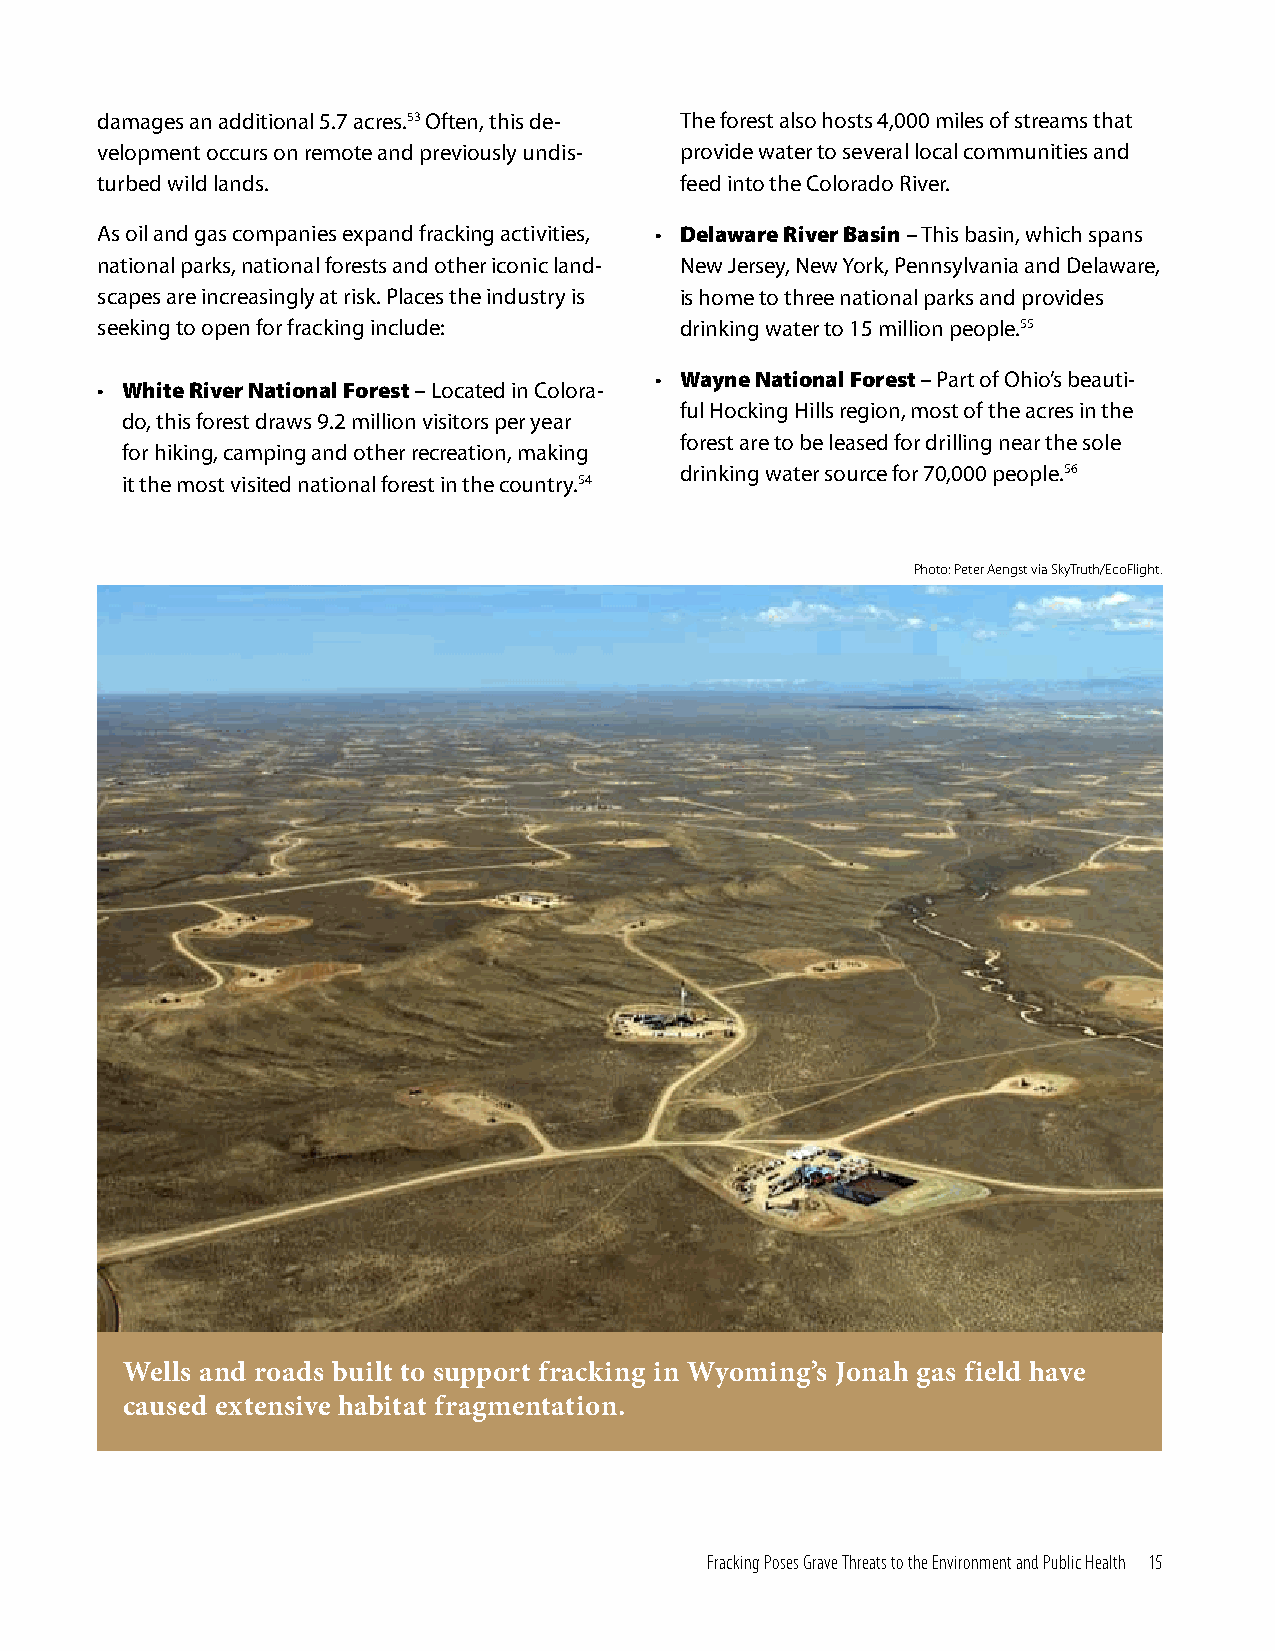
damages an additional 5.7 acres.53 Often, this de- The forest also hosts 4,000 miles of streams that
 velopment occurs on remote and previously undis- provide water to several local communities and
 turbed wild lands.                     feed into the Colorado River.
 As oil and gas companies expand fracking activities, • Delaware River Basin – This basin, which spans
 national parks, national forests and other iconic land- New Jersey, New York, Pennsylvania and Delaware,
 scapes are increasingly at risk. Places the industry is is home to three national parks and provides
 seeking to open for fracking include:  drinking water to 15 million people.55
 • Wayne National Forest – Part of Ohio’s beauti-
 • White River National Forest – Located in Colora-
 ful Hocking Hills region, most of the acres in the
 do, this forest draws 9.2 million visitors per year
 forest are to be leased for drilling near the sole
 for hiking, camping and other recreation, making
 drinking water source for 70,000 people.56
 it the most visited national forest in the country.54
 Photo: Peter Aengst via SkyTruth/EcoFlight.
 Wells and roads built to support fracking in Wyoming’s Jonah gas field have
 caused extensive habitat fragmentation.
 Fracking Poses Grave Threats to the Environment and Public Health 15